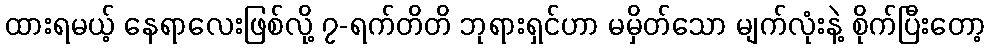
ထားရမယ့် နေရာလေးဖြစ်လို့ ၇-ရက်တိတိ ဘုရားရှင်ဟာ မမှိတ်သော မျက်လုံးနဲ့ စိုက်ပြီးတော့